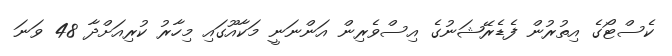
ކެސްޓޯގެ އިތުރުން ފެޑެރޭޝަނުގެ އިސްވެރިން އަންނަނީ މަކާއޫގައި މިހާރު ކުރިއަށްދާ 48 ވަނަ